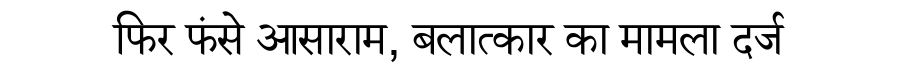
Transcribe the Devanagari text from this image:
फिर फंसे आसाराम, बलात्कार का मामला दर्ज